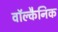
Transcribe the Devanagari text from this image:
वॉल्कैनिक